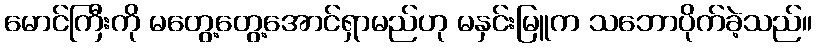
မောင်ကြီးကို မတွေ့တွေ့အောင်ရှာမည်ဟု မနှင်းမြူက သဘောပိုက်ခဲ့သည်။